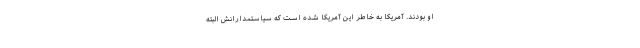
او بودند. آمریکا به خاطر این آمریکا شده است که سیاستمدارانش البته